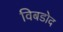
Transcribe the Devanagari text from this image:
विबडोद